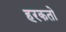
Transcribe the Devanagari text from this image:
हरकतो